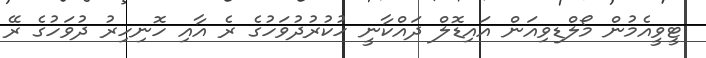
ޓީވީއެމުން މޯލްޑިވިއަން އައިޑޮލް ދައްކާނީ ހުކުރުދުވަހުގެ ރެ އާއި ހޮނިހިރު ދުވަހުގެ ރޭ